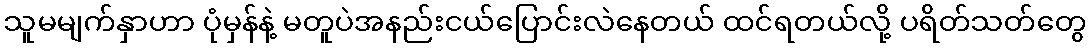
သူမမျက်နှာဟာ ပုံမှန်နဲ့ မတူပဲအနည်းငယ်ပြောင်းလဲနေတယ် ထင်ရတယ်လို့ ပရိတ်သတ်တွေ